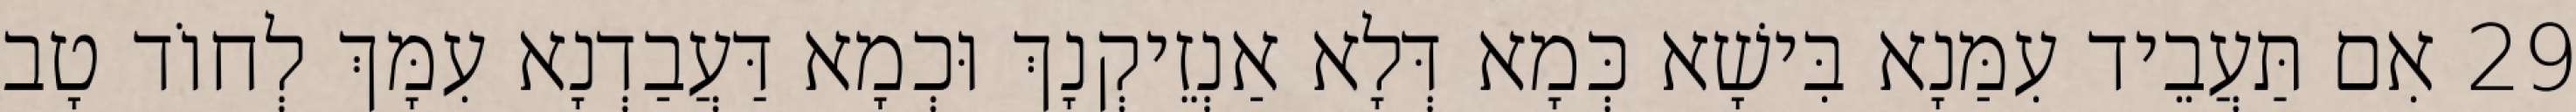
29 אִם תַּעֲבֵיד עִמַּנָא בִּישָׁא כְּמָא דְּלָא אַנְזֵיקְנָךְ וּכְמָא דַּעֲבַדְנָא עִמָּךְ לְחוֹד טָב